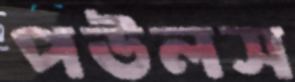
পউলস